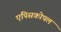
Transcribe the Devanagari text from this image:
एपिसकोपल